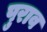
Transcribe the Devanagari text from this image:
पुराव